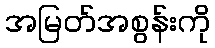
အမြတ်အစွန်းကို